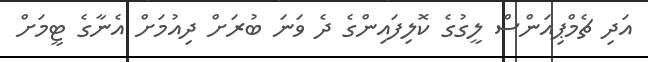
އަދި ޗެމްޕިއަންސް ލީގުގެ ކޮލިފައިންގެ ދެ ވަނަ ބުރަށް ދިއުމަށް އެނާގެ ޓީމަށް